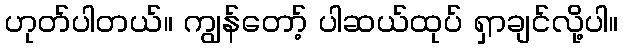
ဟုတ်ပါတယ်။ ကျွန်တော့် ပါဆယ်ထုပ် ရှာချင်လို့ပါ။